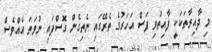
މި ދާއިރާތަކަކީ ފާއިތުވި ފަސް އަހަރުގެ ތެރޭގައި ނެތިިގެން ގޮސްފައި ނުވަތަ އެއްވެސް